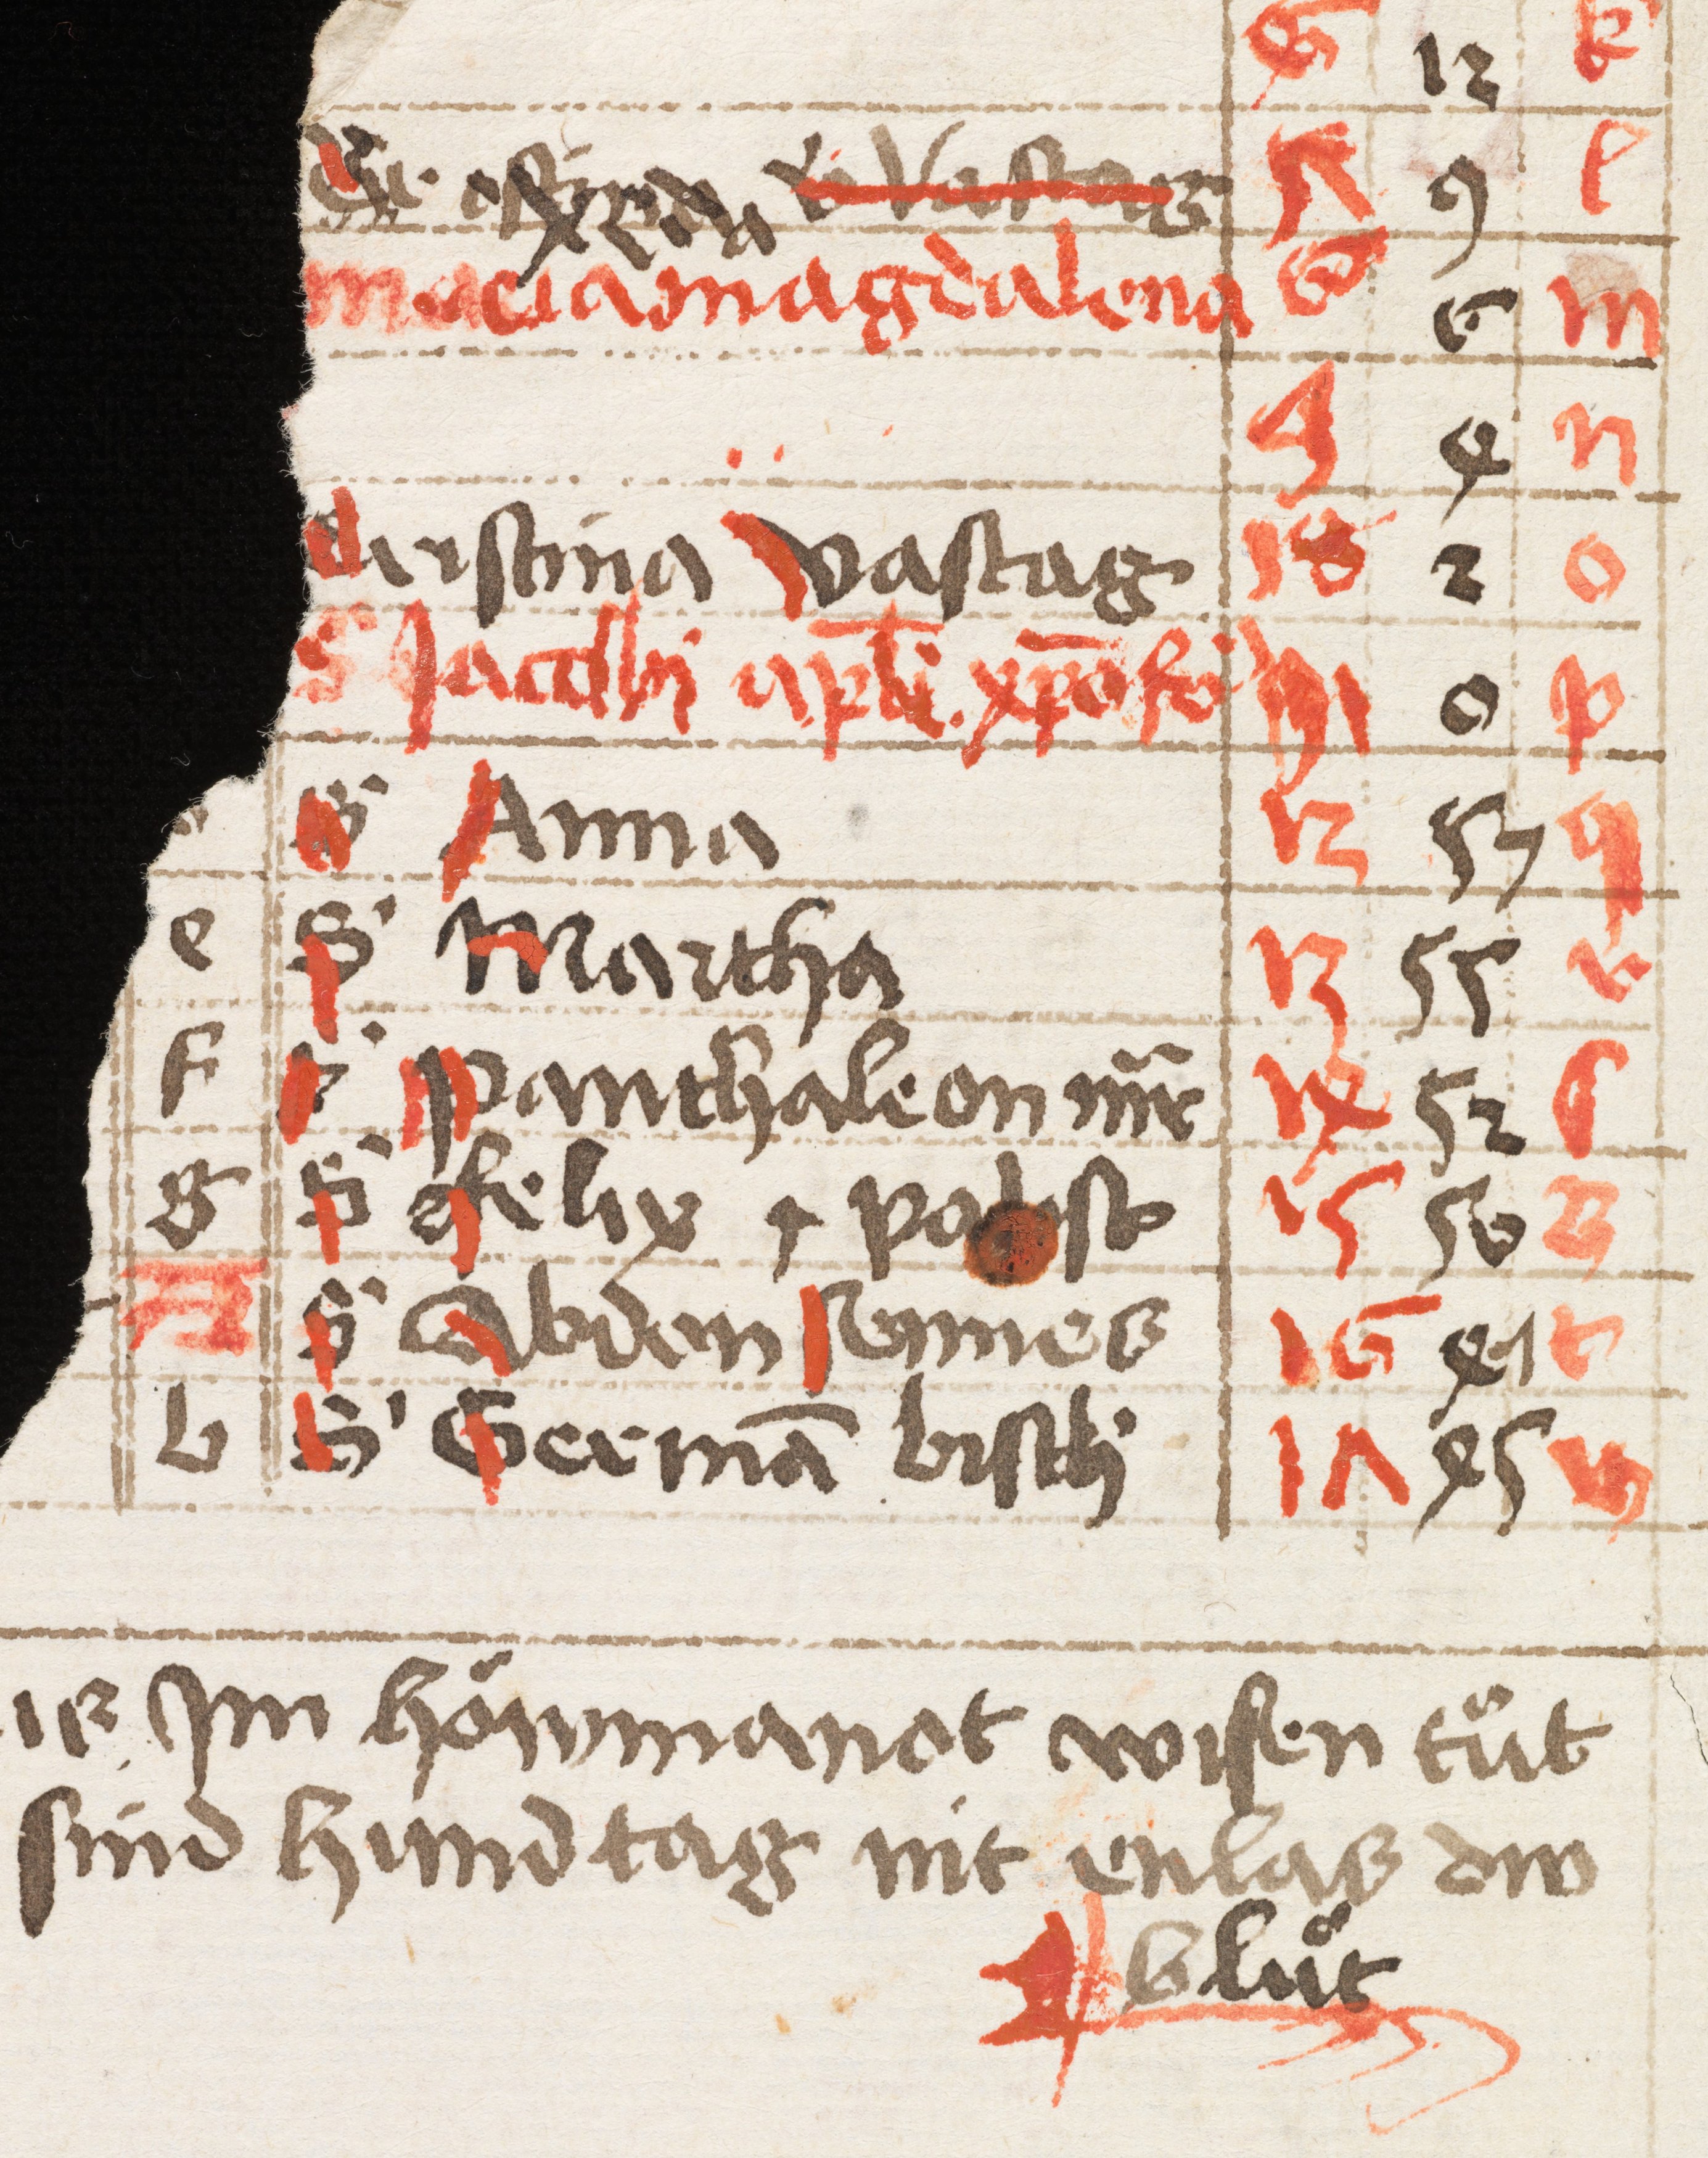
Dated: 1475–1499